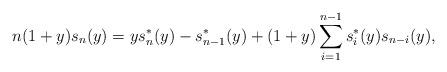
LaTeX: \begin{align*}n(1+y)s_n(y)=ys_n^{*}(y)-s_{n-1}^{*}(y)+(1+y)\sum_{i=1}^{n-1}s_{i}^{*}(y)s_{n-i}(y),\end{align*}